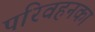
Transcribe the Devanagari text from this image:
परिवहनका